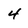
Character: 4